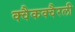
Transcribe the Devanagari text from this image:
क्वैकक्वैरली